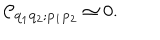
{ \cal C } _ { { \bf q } _ { 1 } { \bf q } _ { 2 } ; { \bf p } _ { 1 } { \bf p } _ { 2 } } \simeq 0 .